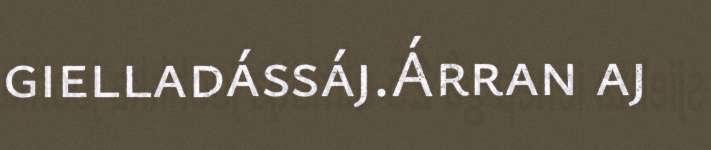
gielladássáj.Árran aj